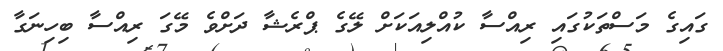
ގައިގެ މަސްތަކުގައި ރިއްސާ ކުއްލިއަކަށް ލޭގެ ޕްރެޝާ ދަށްވެ މޭގަ ރިއްސާ ބިހިނަގާ